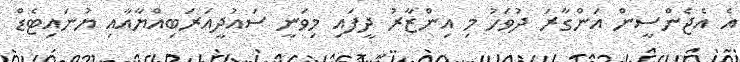
އެ އެޖެންސީން އަންގާރަ ދުވަހު މި އިންޒާރު ދީފައި މިވަނީ ސައުދީއަރަބިއްޔާއާއި ޔުނައިޓެޑް